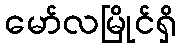
မော်လမြိုင်ရှိ